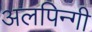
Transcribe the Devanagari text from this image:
अलपिन्गी